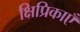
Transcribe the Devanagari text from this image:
क्षिप्रिकाएँ